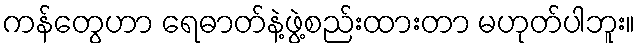
ကန်တွေဟာ ရေဓာတ်နဲ့ဖွဲ့စည်းထားတာ မဟုတ်ပါဘူး။